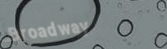
Broadway